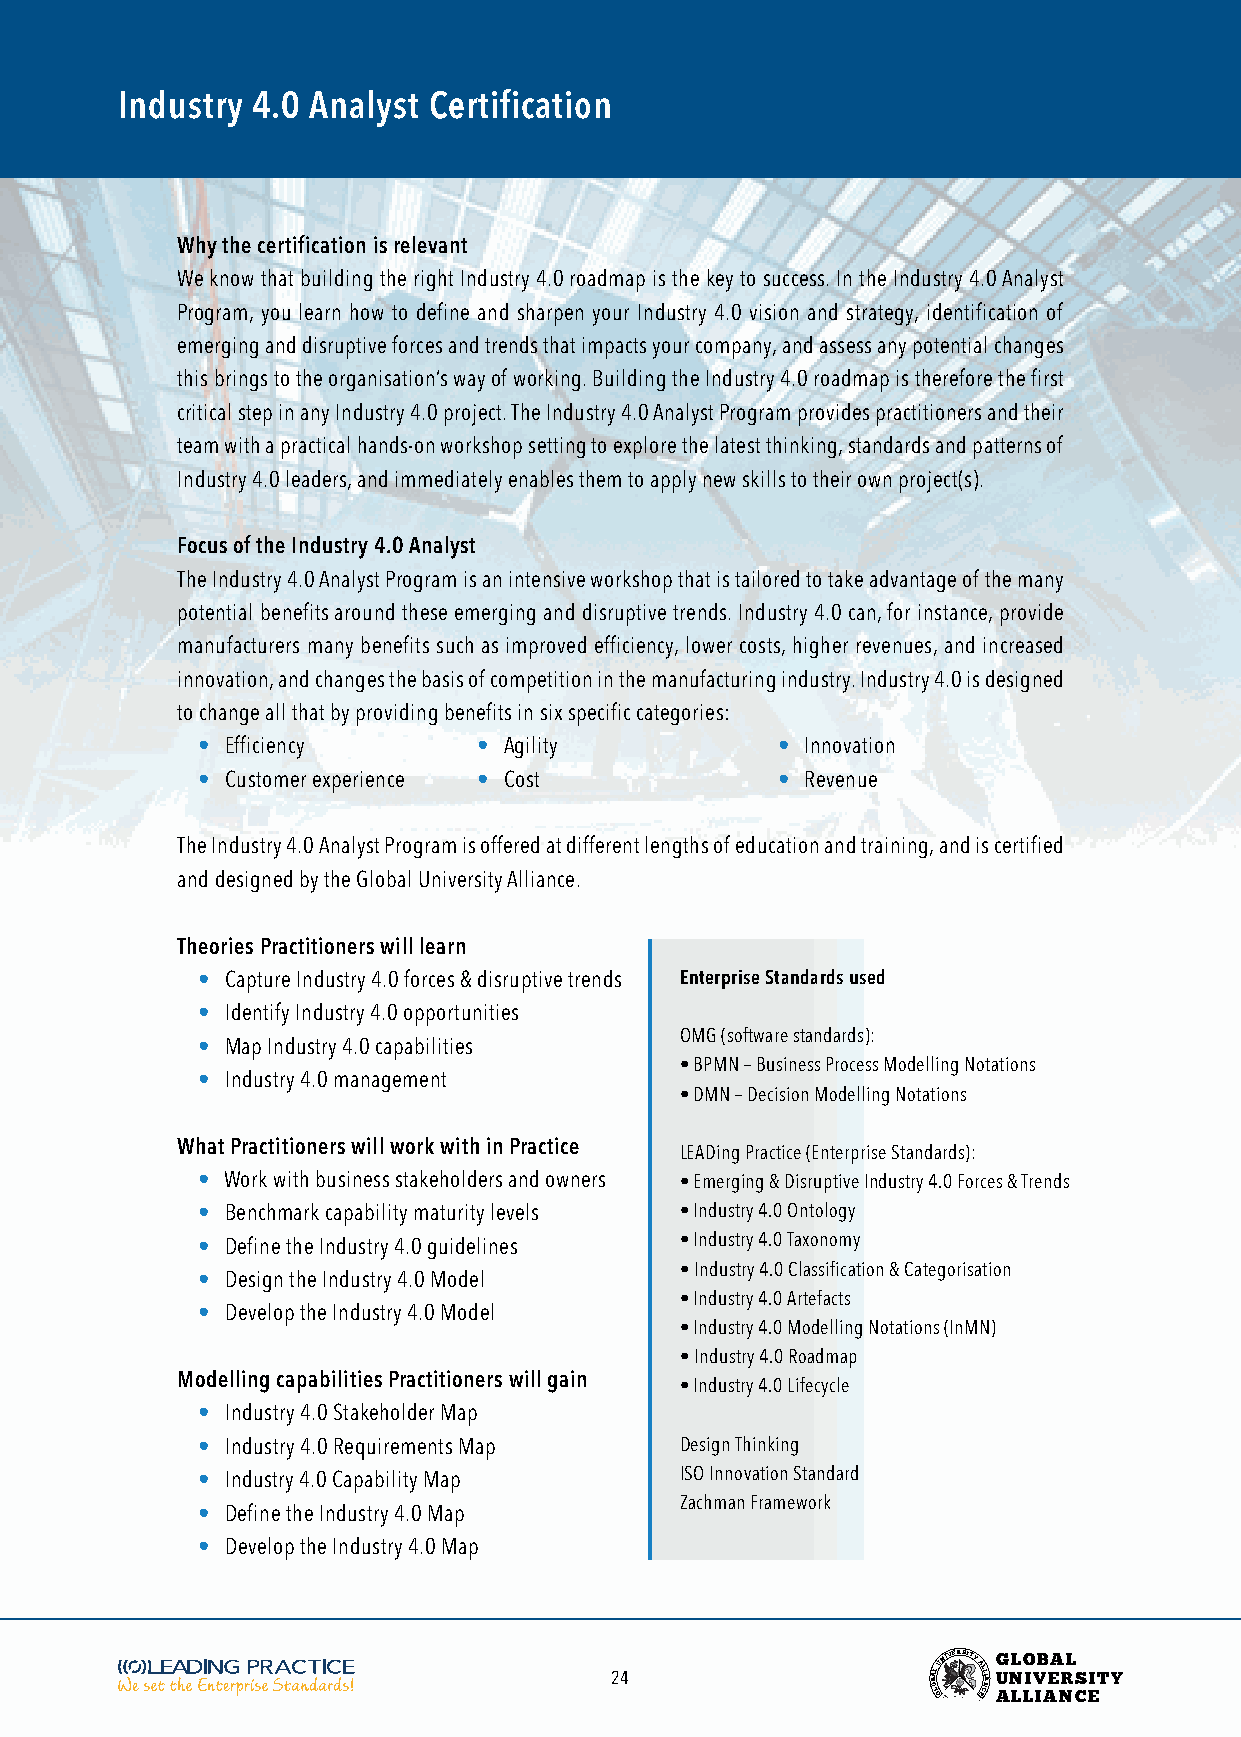
Industry 4.0 Analyst Certification
 Why the certification is relevant
 We know that building the right Industry 4.0 roadmap is the key to success. In the Industry 4.0 Analyst
 Program, you learn how to define and sharpen your Industry 4.0 vision and strategy, identification of
 emerging and disruptive forces and trends that impacts your company, and assess any potential changes
 this brings to the organisation’s way of working. Building the Industry 4.0 roadmap is therefore the first
 critical step in any Industry 4.0 project. The Industry 4.0 Analyst Program provides practitioners and their
 team with a practical hands-on workshop setting to explore the latest thinking, standards and patterns of
 Industry 4.0 leaders, and immediately enables them to apply new skills to their own project(s).
 Focus of the Industry 4.0 Analyst
 The Industry 4.0 Analyst Program is an intensive workshop that is tailored to take advantage of the many
 potential benefits around these emerging and disruptive trends. Industry 4.0 can, for instance, provide
 manufacturers many benefits such as improved efficiency, lower costs, higher revenues, and increased
 innovation, and changes the basis of competition in the manufacturing industry. Industry 4.0 is designed
 to change all that by providing benefits in six specific categories:
 • Efficiency       • Agility          • Innovation
 • Customer experience • Cost          • Revenue
 The Industry 4.0 Analyst Program is offered at different lengths of education and training, and is certified
 and designed by the Global University Alliance.
 Theories Practitioners will learn
 • Capture Industry 4.0 forces & disruptive trends Enterprise Standards used
 • Identify Industry 4.0 opportunities
 OMG (software standards):
 • Map Industry 4.0 capabilities
 • BPMN – Business Process Modelling Notations
 • Industry 4.0 management
 • DMN – Decision Modelling Notations
 What Practitioners will work with in Practice
 LEADing Practice (Enterprise Standards):
 • Work with business stakeholders and owners • Emerging & Disruptive Industry 4.0 Forces & Trends
 • Benchmark capability maturity levels • Industry 4.0 Ontology
 • Define the Industry 4.0 guidelines • Industry 4.0 Taxonomy
 • Industry 4.0 Classification & Categorisation
 • Design the Industry 4.0 Model
 • Industry 4.0 Artefacts
 • Develop the Industry 4.0 Model
 • Industry 4.0 Modelling Notations (InMN)
 • Industry 4.0 Roadmap
 Modelling capabilities Practitioners will gain
 • Industry 4.0 Lifecycle
 • Industry 4.0 Stakeholder Map
 • Industry 4.0 Requirements Map Design Thinking
 • Industry 4.0 Capability Map   ISO Innovation Standard
 Zachman Framework
 • Define the Industry 4.0 Map
 • Develop the Industry 4.0 Map
 24                    BOA LL
 GUNIVERSITY
 AL EL CI NA
 G
 U
 ANL LO
 LIV
 IB AEA NRL
 CS EITY